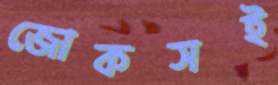
জোকসই